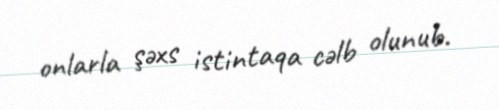
onlarla şəxs istintaqa cəlb olunub.